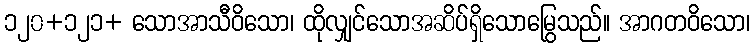
၁၂၀+၁၂၁+ သောအာသီဝိသော၊ ထိုလျှင်သောအဆိပ်ရှိသောမြွေသည်။ အာဂတဝိသော၊